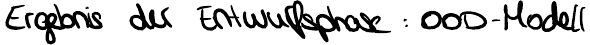
Ergebnis der Entwurfsphase : OOD-Modell